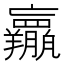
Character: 𱻕